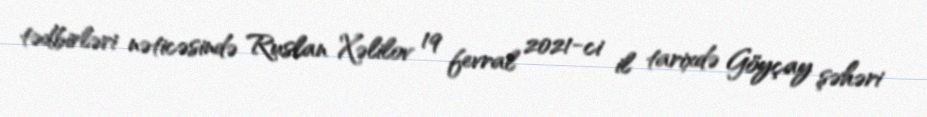
tədbirləri nəticəsində Ruslan Xəlilov 19 fevral 2021-ci il tarixdə Göyçay şəhəri